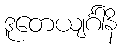
ဒူတေယျင်္ဂါနိ